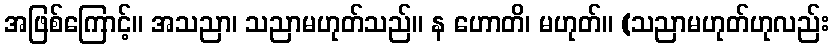
အဖြစ်ကြောင့်။ အသညာ၊ သညာမဟုတ်သည်။ န ဟောတိ၊ မဟုတ်။ (သညာမဟုတ်ဟုလည်း